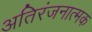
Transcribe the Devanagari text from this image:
अतिरंजनात्मक